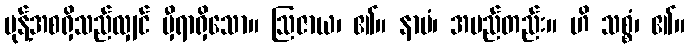
မုန့်အစရှိသည်လျှင် မှီရာရှိသော။ ဩဇာယ၊ ၏။ နာမံ၊ အမည်တည်း။ ဟိ သစ္စံ၊ ၏။